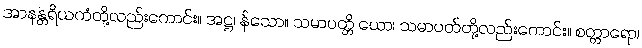
အာနန္တရိယကံတို့လည်းကောင်း။ အဋ္ဌ၊ န်သော။ သမာပတ္တိ ယော၊ သမာပတ်တို့လည်းကောင်း။ စတ္တာရော၊